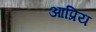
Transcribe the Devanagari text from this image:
आप्रिय